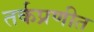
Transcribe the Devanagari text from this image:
तर्कप्रणीत